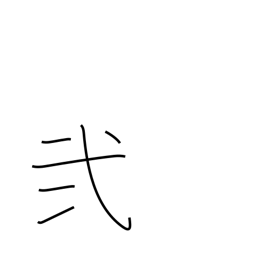
Meaning: II